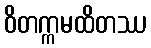
ဝိတက္ကမထိတဿ